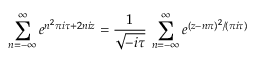
\sum _ { n = - \infty } ^ { \infty } e ^ { n ^ { 2 } \pi i \tau + 2 n i z } = \frac { 1 } { \sqrt { - i \tau } } \, \sum _ { n = - \infty } ^ { \infty } e ^ { ( z - n \pi ) ^ { 2 } / ( \pi i \tau ) }